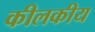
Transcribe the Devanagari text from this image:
कीलकीय